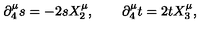
\partial _ { 4 } ^ { \mu } s = - 2 s X _ { 2 } ^ { \mu } , \qquad \partial _ { 4 } ^ { \mu } t = 2 t X _ { 3 } ^ { \mu } ,